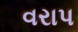
વરાપ